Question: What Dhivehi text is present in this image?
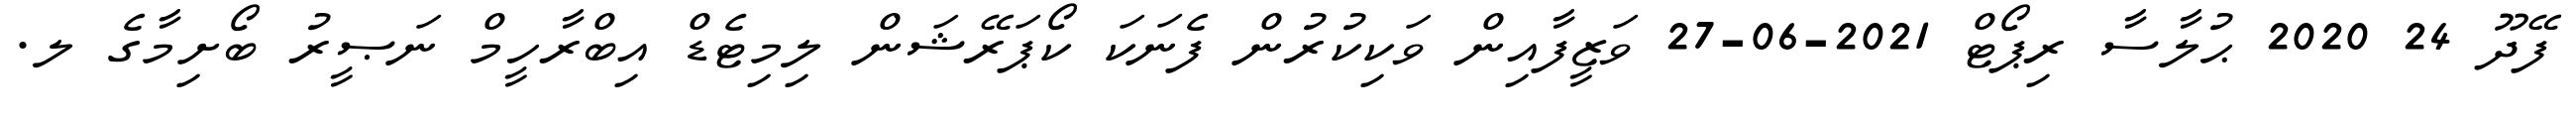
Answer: ފޭދޫ 24 2020 ޙުލާސާ ރިޕޯޓް 2021-06-27 ވަޒީފާއިން ވަކިކުރުން ފެނަކަ ކޯޕަރޭޝަން ލިމިޓެޑް އިބްރާހީމް ނަޞީރު ބޯށިމާގެ ލ.